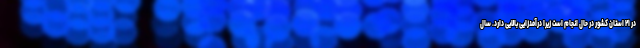
در ۲۱ استان کشور در حال انجام است زیرا درآمدزایی بالایی دارد. سال